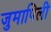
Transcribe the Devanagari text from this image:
जुमापिली